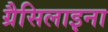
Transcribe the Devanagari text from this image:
ग्रैसिलाइना